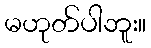
မဟုတ်ပါဘူး။